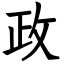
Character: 政